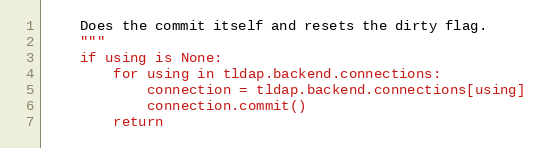
Language: Python
    Does the commit itself and resets the dirty flag.
    """
    if using is None:
        for using in tldap.backend.connections:
            connection = tldap.backend.connections[using]
            connection.commit()
        return